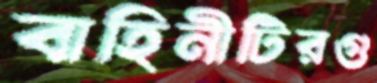
বাহিনীটিরগু